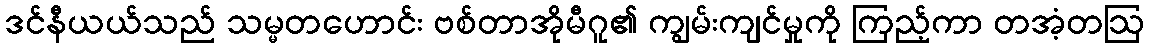
ဒင်နီယယ်သည် သမ္မတဟောင်း ဗစ်တာအိုမီဂူ၏ ကျွမ်းကျင်မှုကို ကြည့်ကာ တအံ့တဩ